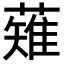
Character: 薙